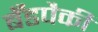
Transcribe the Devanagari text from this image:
बँडपैकी